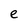
Character: e